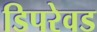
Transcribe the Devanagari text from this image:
डिपरेवड